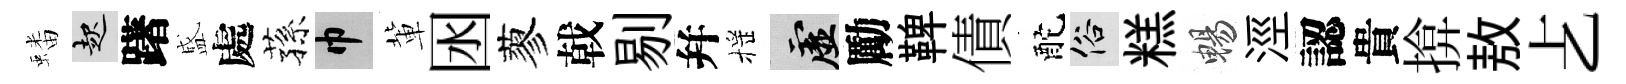
蟠起躇盛處蓀巾軰囦蓼戟剔幷摇虚勵鞞債酡俗糕暢涇認貴揜敖𠧒